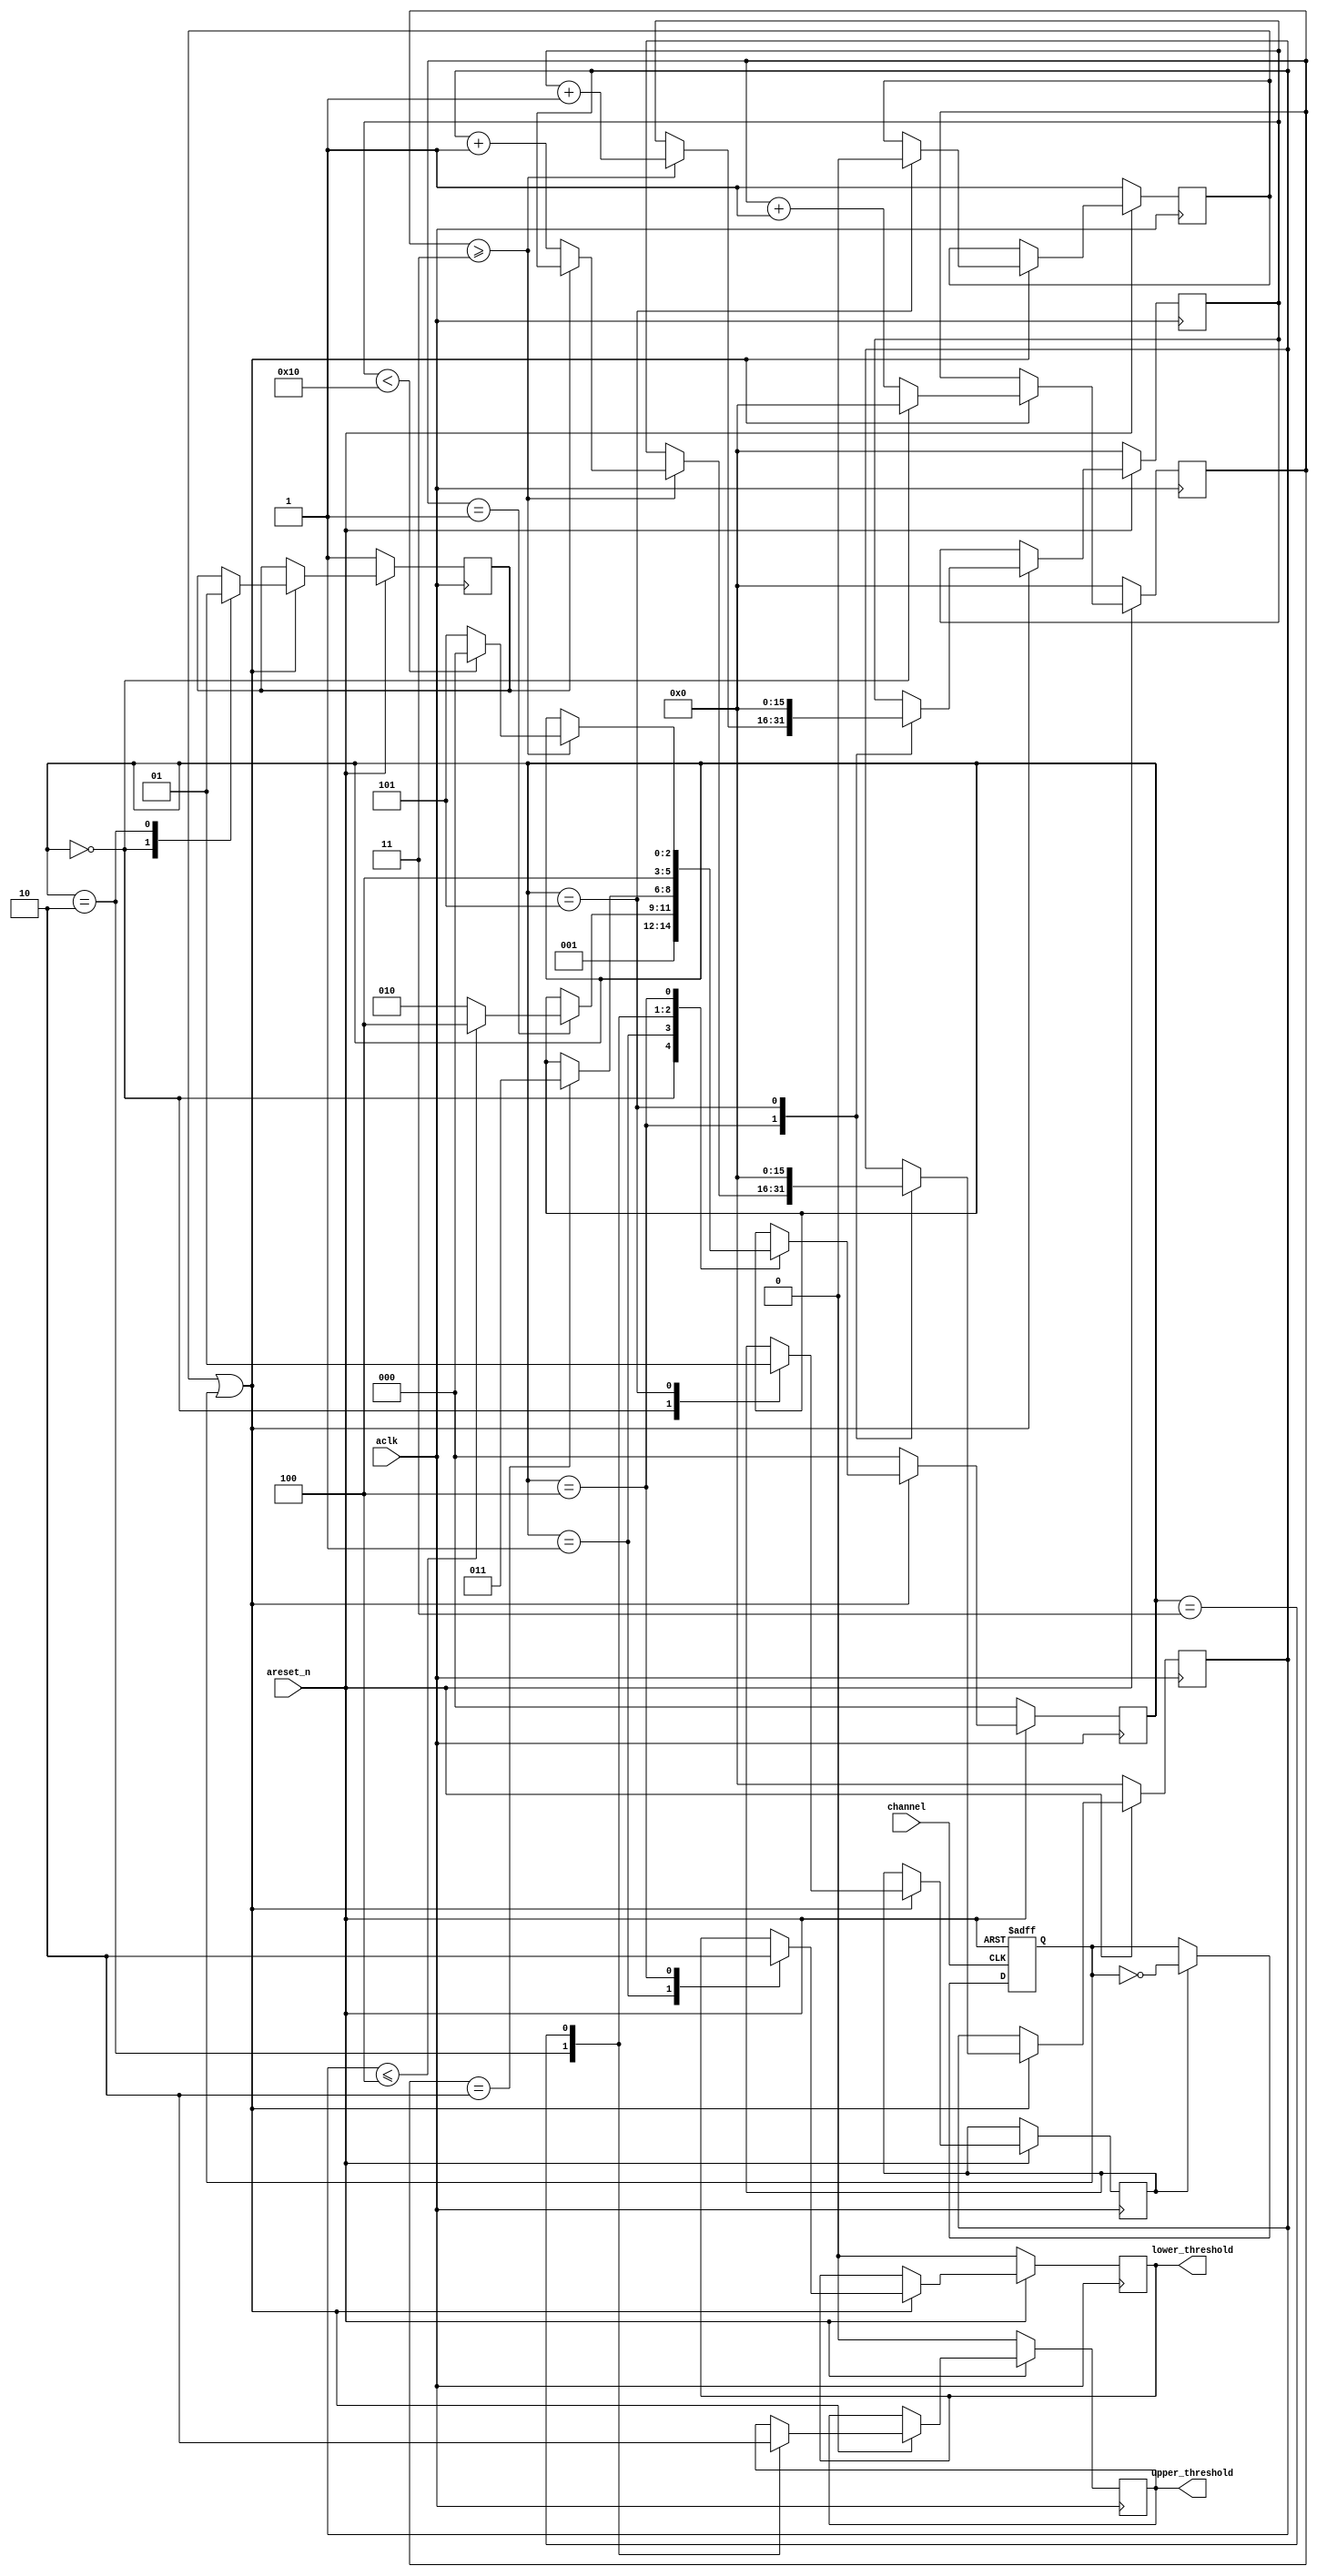
module messbauer_diff_discriminator_signals #
 (
     parameter GCLK_PERIOD = 20,                  // nanoseconds
     parameter LOWER_THRESHOLD_DURATION = 3,      // GCLK_PERIOD
     parameter UPPER_THRESHOLD_DURATION = 1,      // GCLK_PERIOD
     parameter DISCRIMINATOR_IMPULSES_PAUSE = 10, // GCLK_PERIOD
     parameter IMPULSES_PER_CHANNEL = 16,
     parameter IMPULSES_FOR_SELECTION = 4         // number of impulses passes through diff disriminator MUST be smaller than IMPULSES_PER_CHANNEL
 )
 (
     input wire aclk,
     input wire areset_n,
     input wire channel,
     output reg lower_threshold,
     output reg upper_threshold
 );
 
 localparam INITIAL_STATE = 0;
 localparam LOWER_THRESHOLD_HIGH_PHASE = 1;
 localparam UPPER_THRESHOLD_HIGH_PHASE = 2;
 localparam UPPER_THRESHOLD_LOW_PHASE = 3;
 localparam LOWER_THRESHOLD_LOW_PHASE = 4; 
 localparam FINAL_STATE = 5;
 
 localparam PAUSE_DURATION = 4;
 
 reg enable;
 reg first_enable;
 reg[15:0] clk_counter;
 reg[15:0] impulse_counter;
 reg[15:0] total_impulse_counter;
 reg[2:0] state;
 reg impulse_rejected;
 reg period_done;

 always @(posedge aclk)
 begin
     if(~areset_n)
     begin
         clk_counter <= 0;
         impulse_counter <= 0;
         total_impulse_counter <= 0;
         state <= INITIAL_STATE;
         lower_threshold <= 0;
         upper_threshold <= 0;
         first_enable <= 1;
         impulse_rejected <= 1;
     end
     else
     begin
         if(first_enable || enable)
         begin
             clk_counter <= clk_counter + 1'b1;
             case (state)
                 INITIAL_STATE:
                 begin
                     clk_counter <= 0;
                     state <= LOWER_THRESHOLD_HIGH_PHASE;
                     impulse_rejected <= 0;
                     period_done <= 0;
                 end
                 LOWER_THRESHOLD_HIGH_PHASE:             
                 begin
                     lower_threshold <= 1;
                     if(clk_counter == 1)
                     begin
                         // check should we generate upper
                         if(impulse_counter <= IMPULSES_FOR_SELECTION)
                             state <= LOWER_THRESHOLD_LOW_PHASE;
                         else state <= UPPER_THRESHOLD_HIGH_PHASE;;
                     end                     
                 end
                 UPPER_THRESHOLD_HIGH_PHASE:
                 begin
                     impulse_rejected <= 1;
                     upper_threshold <= 1;
                     if(clk_counter == UPPER_THRESHOLD_DURATION + 1)
                         state <= UPPER_THRESHOLD_LOW_PHASE;
                 end
                 UPPER_THRESHOLD_LOW_PHASE:
                 begin
                     state <= LOWER_THRESHOLD_LOW_PHASE;
                     upper_threshold <= 0;
                 end
                 LOWER_THRESHOLD_LOW_PHASE:
                 begin
                     lower_threshold <= 0;   
                     if(clk_counter >= LOWER_THRESHOLD_DURATION)
                     begin                         
                         if(impulse_rejected == 0)
                             impulse_counter <= impulse_counter + 1'b1;
                         total_impulse_counter <= total_impulse_counter + 1'b1;
                         if(total_impulse_counter < IMPULSES_PER_CHANNEL)
                             state <= INITIAL_STATE;
                         else state <= FINAL_STATE;
                     end
                 end
                 FINAL_STATE:
                 begin
                     impulse_counter <= 0;
                     total_impulse_counter <= 0;
                     period_done <= 1;
							first_enable <= 0;
                 end
                 default:
                 begin
                 end             
             endcase
         end
         else state <= INITIAL_STATE;
      end
 end
 
 always @(posedge channel or negedge areset_n)
 begin
     if(~areset_n)
	      enable = 0;
     else
     begin
     if(period_done)
         enable = ~enable;
     end
 end

 endmodule